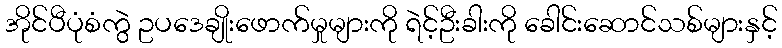
အိုင်ပီပုံစံကွဲ ဥပဒေချိုးဖောက်မှုများကို ရဲင့်ဦးခါးကို ခေါင်းဆောင်သစ်များနှင့်